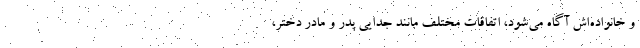
و خانواده‌اش آگاه می‌شود، اتفاقات مختلف مانند جدایی پدر و مادر دختر،